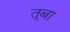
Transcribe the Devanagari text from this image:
तूबा